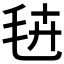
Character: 𭯔